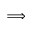
\Longrightarrow